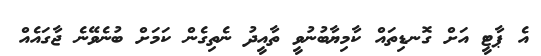
އެ ޕާޓީ އަށް ގޮނޑިތައް ކާމިޔާބުނުވީ ތާއީދު ނެތިގެން ކަމަށް ބުނެވޭނެ ޖާގައެއް